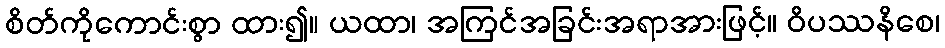
စိတ်ကိုကောင်းစွာ ထား၍။ ယထာ၊ အကြင်အခြင်းအရာအားဖြင့်။ ဝိပဿနိစေ၊